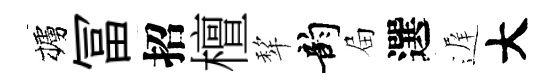
櫨冨招檀犂韵屇選遅大